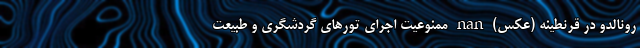
رونالدو در قرنطینه (عکس) nan ممنوعیت اجرای تورهای گردشگری و طبیعت